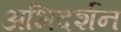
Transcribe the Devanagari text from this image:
अभिदर्शन